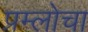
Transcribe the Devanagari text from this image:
प्रम्लोचा